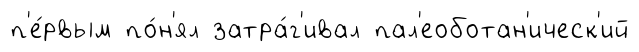
п'е́рвым по́н'ял затра́г'ивал пал'еоботан'ическ'ий